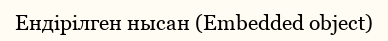
Ендірілген нысан (Embedded object)